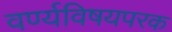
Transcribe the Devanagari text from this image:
वर्ण्यविषयपरक